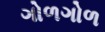
ગોળગોળ